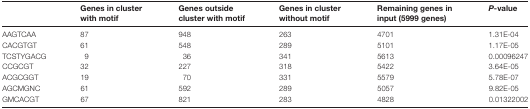
|  | Genes in cluster with motif | Genes outside cluster with motif | Genes in cluster without motif | Remaining genes in input (5999 genes) | P-value |
 | --- | --- | --- | --- | --- | --- |
 | AAGTCAA | 87 | 948 | 263 | 4701 | 1.31E-04 |
 | CACGTGT | 61 | 548 | 289 | 5101 | 1.17E-05 |
 | TCSTYGACG | 9 | 36 | 341 | 5613 | 0.00096247 |
 | CCGCGT | 32 | 227 | 318 | 5422 | 3.64E-05 |
 | ACGCGGT | 19 | 70 | 331 | 5579 | 5.78E-07 |
 | AGCMGNC | 61 | 592 | 289 | 5057 | 9.82E-05 |
 | GMCACGT | 67 | 821 | 283 | 4828 | 0.01322002 |